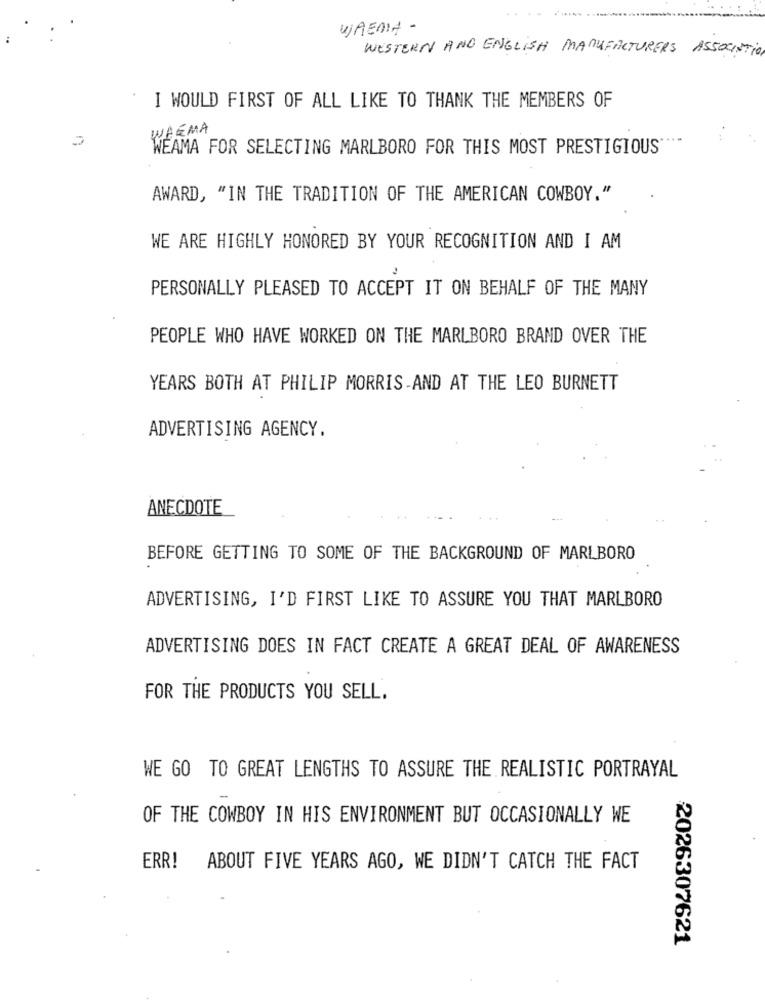
. .
WHENIT -
WESTERN AND ENGLISH MANUFACTURERS ASSOCIATION
I WOULD FIRST OF ALL LIKE TO THANK THE MEMBERS OF
WHEMA
WEAMA FOR SELECTING MARLBORO FOR THIS MOST PRESTIGIOUS
AWARD, "IN THE TRADITION OF THE AMERICAN COWBOY."
WE ARE HIGHLY HONORED BY YOUR RECOGNITION AND I AM
PERSONALLY PLEASED TO ACCEPT IT ON BEHALF OF THE MANY
PEOPLE WHO HAVE WORKED ON THE MARLBORO BRAND OVER THE
YEARS BOTH AT PHILIP MORRIS-AND AT THE LEO BURNETT
ADVERTISING AGENCY.
ANECDOTE
BEFORE GETTING TO SOME OF THE BACKGROUND OF MARLBORO
ADVERTISING, I'D FIRST LIKE TO ASSURE YOU THAT MARLBORO
ADVERTISING DOES IN FACT CREATE A GREAT DEAL OF AWARENESS
FOR THE PRODUCTS YOU SELL.
WE GO TO GREAT LENGTHS TO ASSURE THE REALISTIC PORTRAYAL
OF THE COWBOY IN HIS ENVIRONMENT BUT OCCASIONALLY WE
ERR! ABOUT FIVE YEARS AGO, WE DIDN'T CATCH THE FACT
2026307621